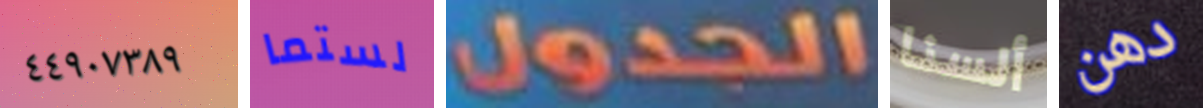
٤٤٩٠٧٣٨٩ لستما الجدول ألسنا دهن